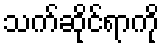
သက်ဆိုင်ရာကို